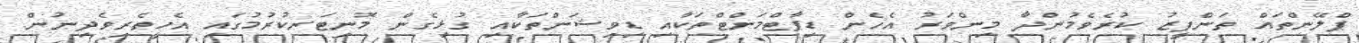
ޕްލޭންތައް ތަންފީޒު ކުރެވެމުންދާ މިންވަރު އެހެން ޑިޕާޓްމަންޓްތަކާއި ޑިވިޝަންތަކާއި ގުޅިގެން މޮނިޓަރކުރުމުގައި އެހީތެރިވެދިނުން.